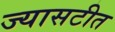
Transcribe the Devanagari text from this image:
ज्यासटीत